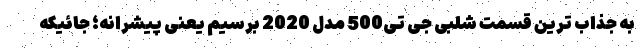
به جذاب ترین قسمت شلبی جی تی500 مدل 2020 برسیم یعنی پیشرانه؛ جائیکه